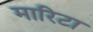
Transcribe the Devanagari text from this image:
मारिटा